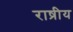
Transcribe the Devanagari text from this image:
राष्रीय